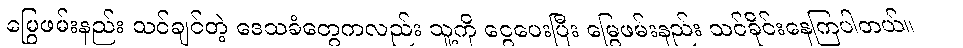
မြွေဖမ်းနည်း သင်ချင်တဲ့ ဒေသခံတွေကလည်း သူ့ကို ငွေပေးပြီး မြွေဖမ်းနည်း သင်ခိုင်းနေကြပါတယ်။